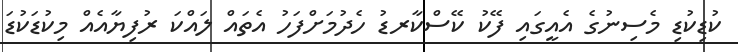
ކުޑިކުޑި މެސިނުގެ އެއީގައި ފޭކު ކޭސްކާރޑު ހެދުމަށްފަހު އެތައް ލައްކަ ރުފިޔާއެއް މިކުޑަކުޑަ